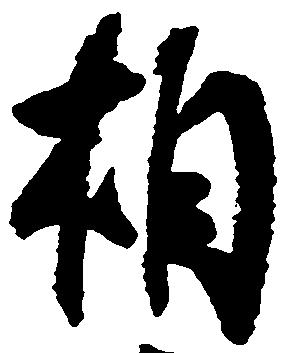
相